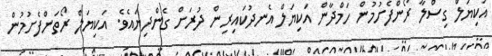
އަކިޔަލް ގިސްލާ ރޯންފެށުމުން ހަމްދާން އަކިޔަލް އެނދުކައިރިން ދުރަށް ގެންދިޔައެވެ. އަކިޔަލް ރޯތަންފެށުމުން